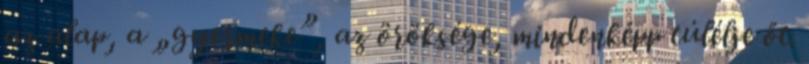
az alap, a „gyermeke”, az öröksége, mindenképp túlélje őt.